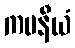
ကမနီယံ